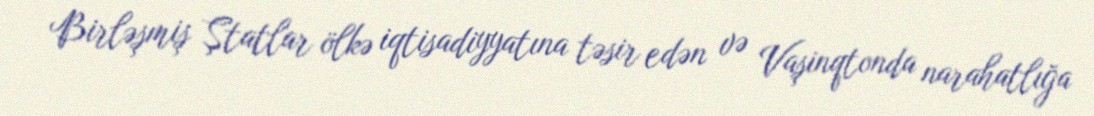
Birləşmiş Ştatlar ölkə iqtisadiyyatına təsir edən və Vaşinqtonda narahatlığa